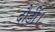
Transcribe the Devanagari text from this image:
दौड़ीं।